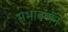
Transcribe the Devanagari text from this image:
सभावर्णन